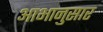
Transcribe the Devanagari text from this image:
आभानुसार